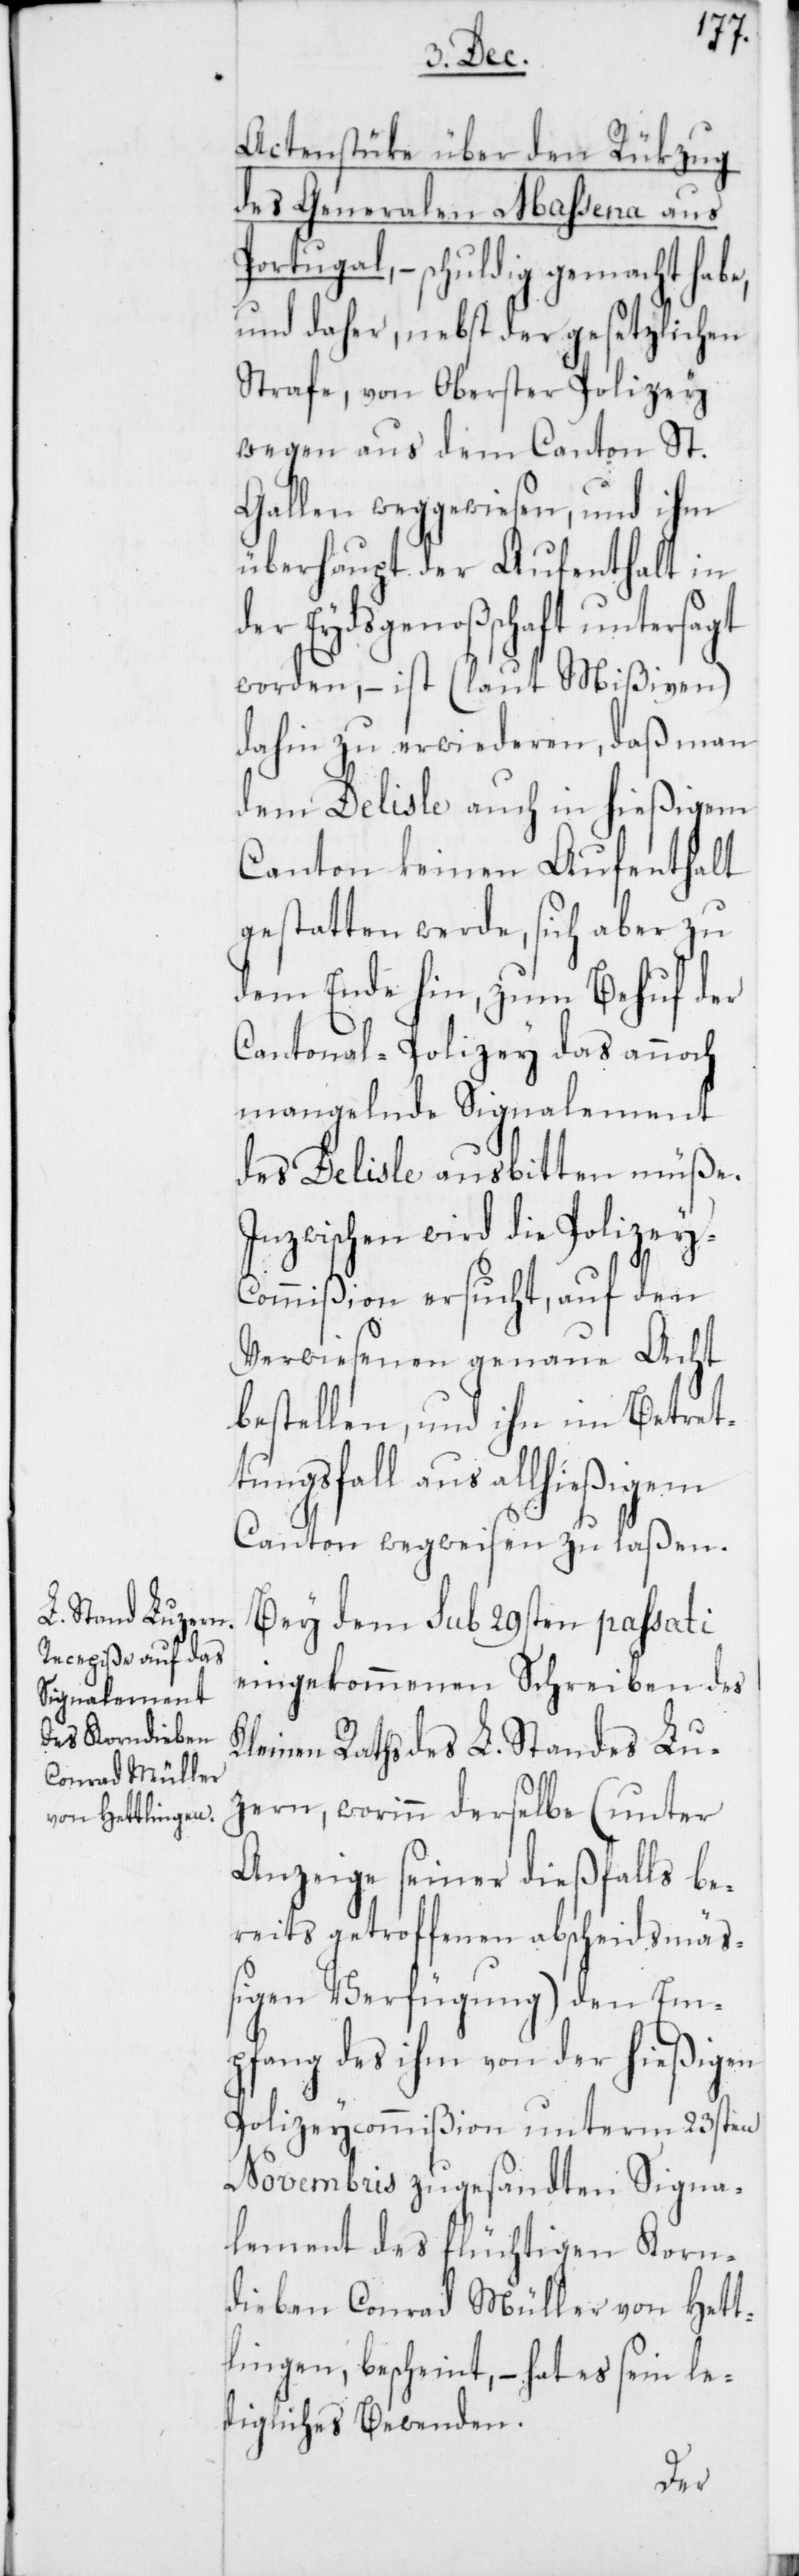
Actenstüke über den Rükzug
des Generalen Maßena aus
Portugal – schuldig gemacht habe,
und daher, nebst der gesetzlichen
Strafe, von Oberster Polizey
wegen aus dem Canton St.
Gallen weggewiesen und ihm
überhaupt der Aufenthalt in
der Eydsgenoßschaft untersagt
worden, – ist (laut Mißiven)
dahin zu erwiederen, daß man
dem Delisle auch in hießigem
Canton keinen Aufenthalt
gestatten werde, sich aber zu
dem Ende hin, zum Behuf der
Cantonal-Polizey das annoch
mangelnde Signalement
des Delisle ausbitten müße.
Inzwischen wird die Polizey-C¬
ommißion ersucht, auf den
Verwiesenen genaue Acht
bestellen und ihn im Betret¬
tungsfall aus allhießigem
Canton wegweisen zu laßen.
Bey dem sub 29sten passati
eingekommenen Schreiben des
Kleinen Raths des L. Standes Lu¬
zern, worinn derselbe (unter
Anzeige seiner dießfalls be¬
reits getroffenen abscheidsmä¬
ßigen Verfügung) den Em¬
pfang des ihm von der hießigen
Polizeycommißion unterm 23sten
Novembris zugesandten Signa¬
lement des flüchtigen Korn¬
dieben Conrad Müller von Hett¬
lingen, bescheint, – hat es sein le¬
digliches Bewenden.